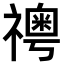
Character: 𥜊